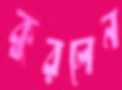
কুরলেন